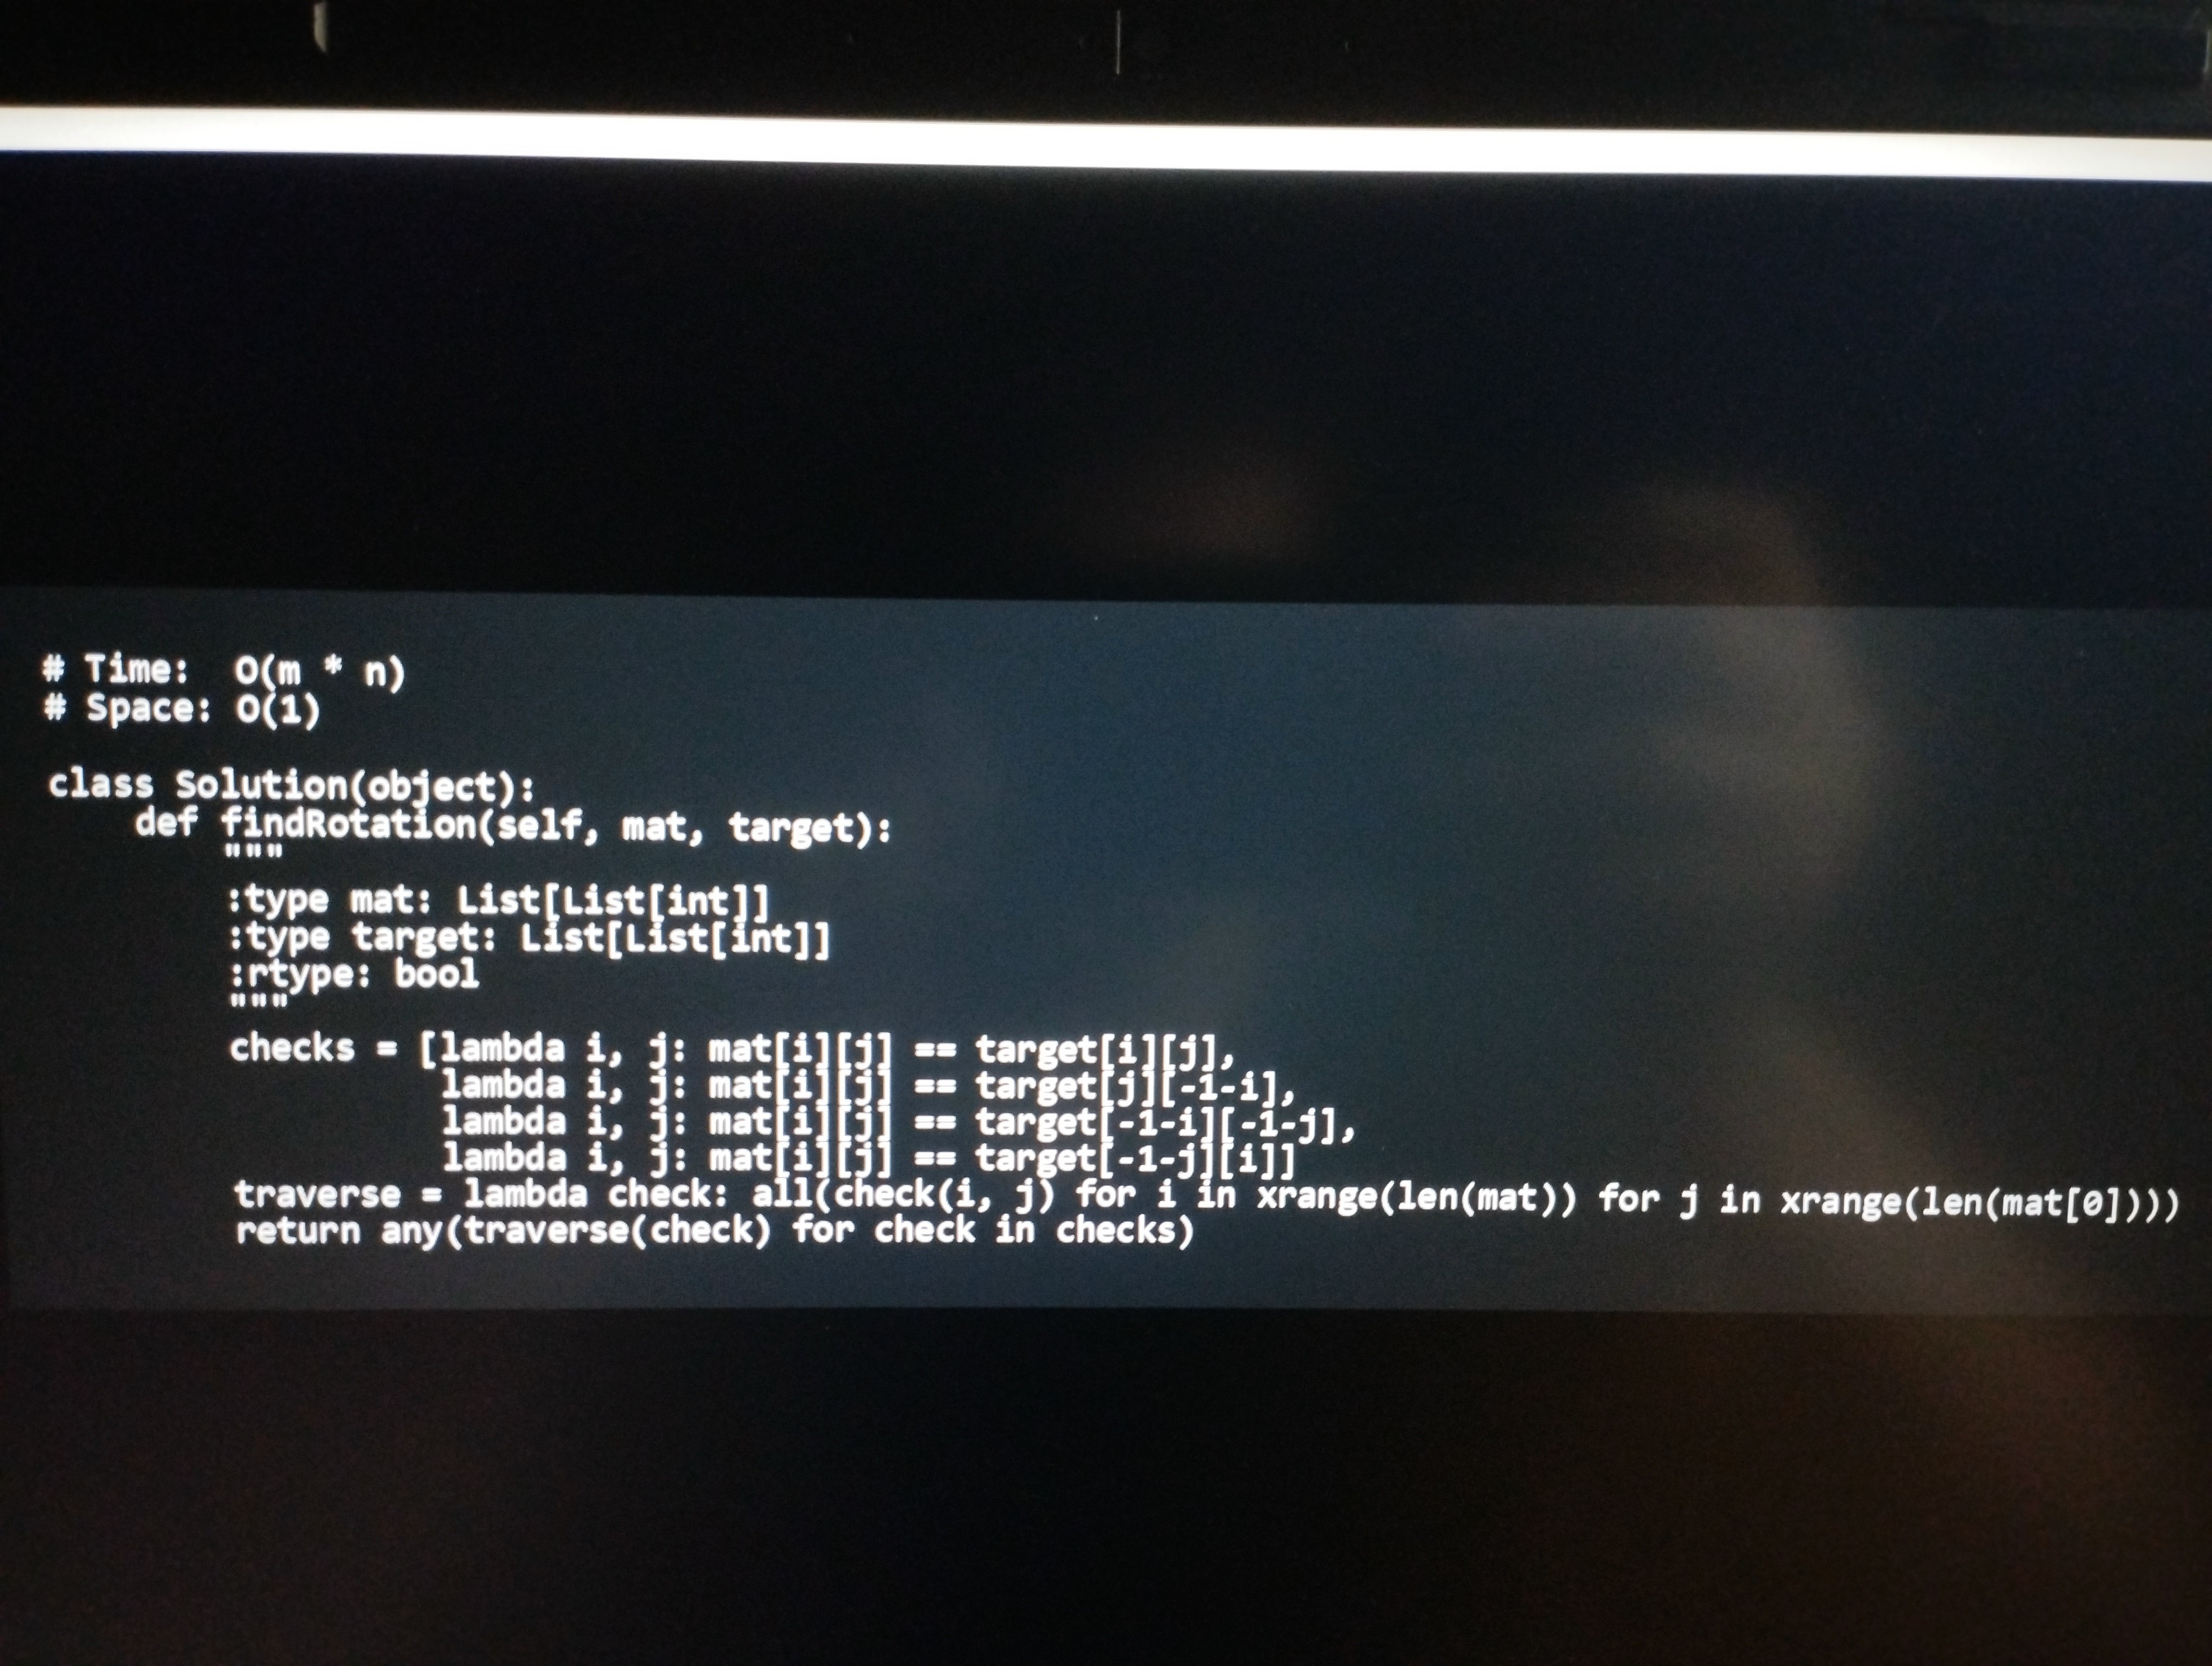
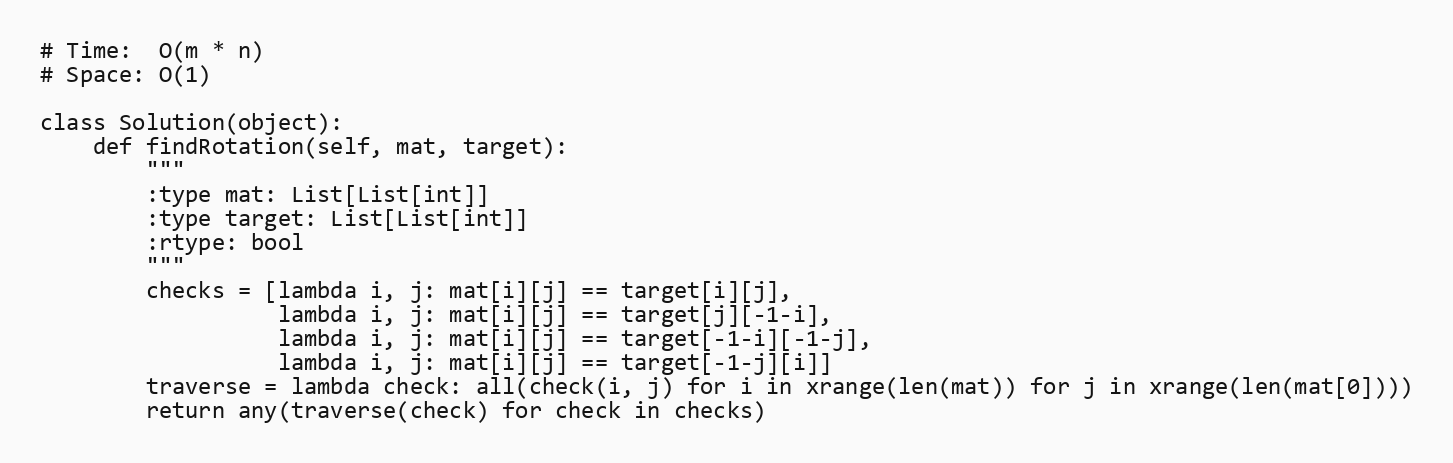
# Time:  O(m * n)
# Space: O(1)

class Solution(object):
    def findRotation(self, mat, target):
        """
        :type mat: List[List[int]]
        :type target: List[List[int]]
        :rtype: bool
        """
        checks = [lambda i, j: mat[i][j] == target[i][j],
                  lambda i, j: mat[i][j] == target[j][-1-i],
                  lambda i, j: mat[i][j] == target[-1-i][-1-j],
                  lambda i, j: mat[i][j] == target[-1-j][i]]
        traverse = lambda check: all(check(i, j) for i in xrange(len(mat)) for j in xrange(len(mat[0])))
        return any(traverse(check) for check in checks)